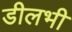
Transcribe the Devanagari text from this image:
डीलभी